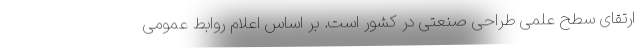
ارتقای سطح علمی طراحی صنعتی در کشور است. بر اساس اعلام روابط عمومی